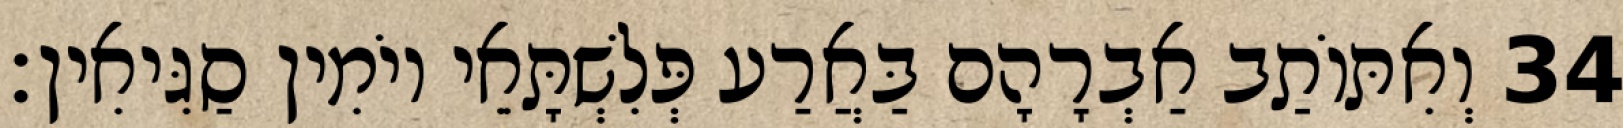
34 וְאִתּוֹתַב אַבְרָהָם בַּאֲרַע פְּלִשְׁתָּאֵי יוֹמִין סַגִּיאִין׃